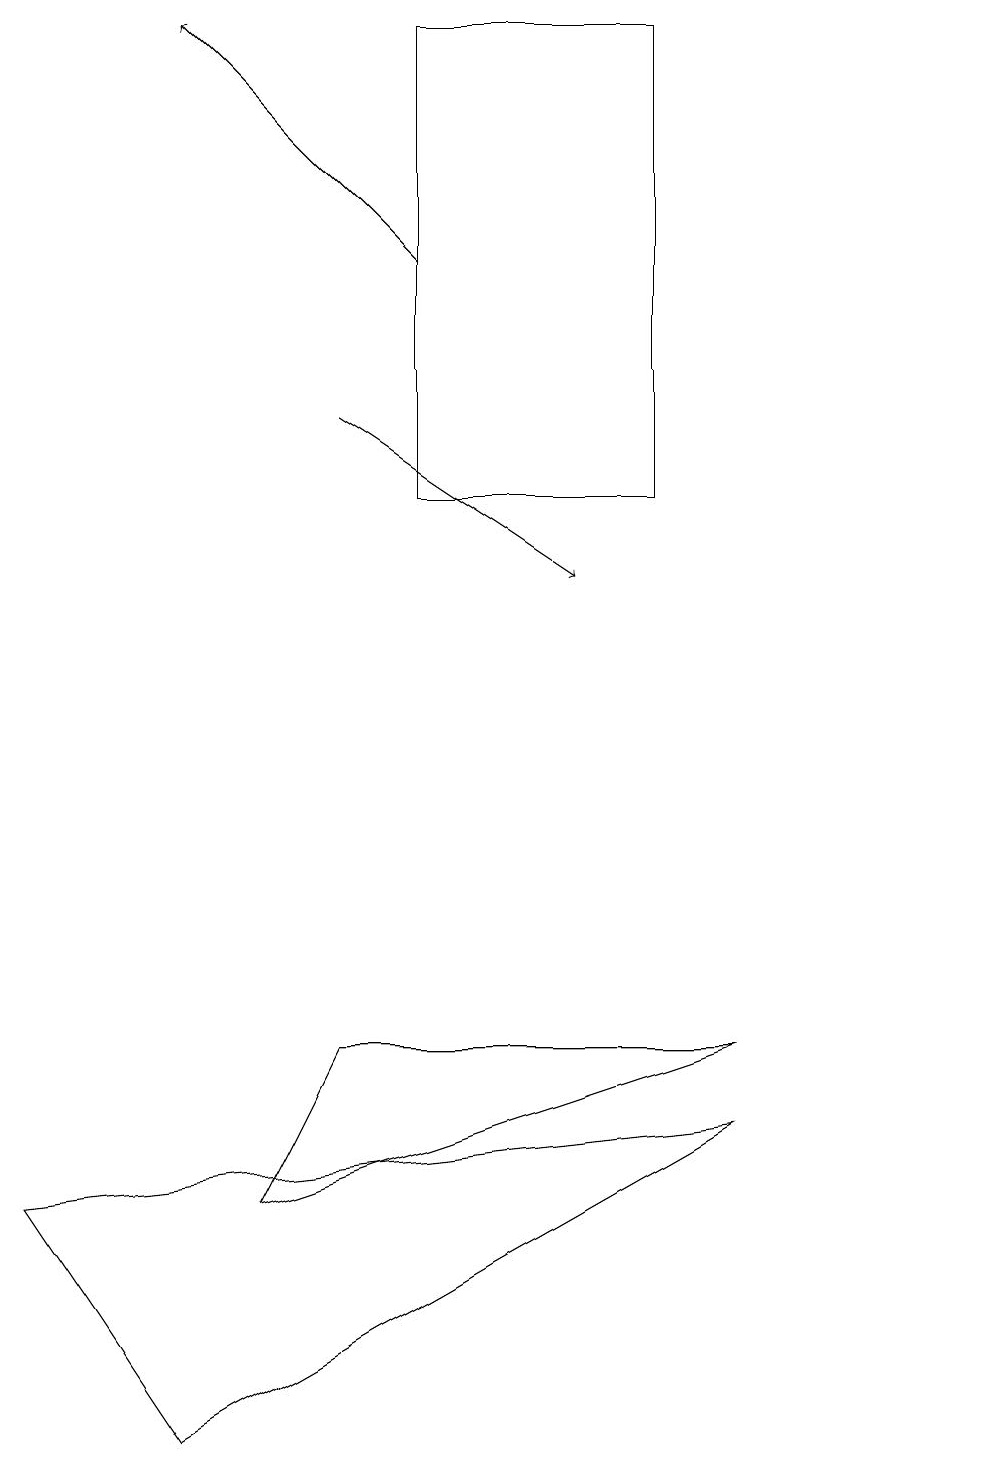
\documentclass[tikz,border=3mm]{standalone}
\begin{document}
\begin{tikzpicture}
\draw[->] (5,15) -- (2,18);
\draw (12,10) circle (0);
\draw[->] (4,13) -- (7,11);
\draw (8,12) rectangle (5,18);
\draw (9,5) -- (4,5) -- (3,3) -- cycle;
\draw (2,0) -- (0,3) -- (9,4) -- cycle;
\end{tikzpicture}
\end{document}